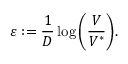
\varepsilon : = \frac { 1 } { D } \log { \left( \frac { V } { V ^ { \ast } } \right) } .